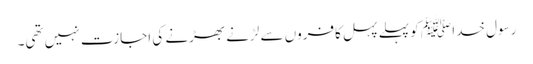
رسول خدا ﷺ کو پہلے پہل کافروں سے لڑنے بھڑنے کی اجازت نہیں تھی۔